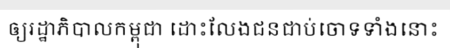
ឲ្យរដ្ឋាភិបាលកម្ពុជា ដោះលែងជនជាប់ចោទទាំងនោះ